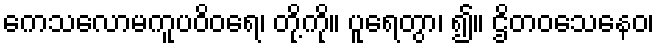
ကေသလောမကူပဝိဝရေ၊ တို့ကို။ ပူရေတွာ၊ ၍။ ဌိတဝသေနေဝ၊